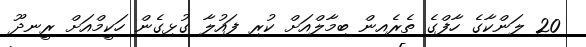
20 ލަންކާގެ ހާފްގެ ތެރެއިން ބިމާލްއަށް ކުރި ފައުލާ ގުޅިގެން ހަކީމްއަށް ރީނދޫ